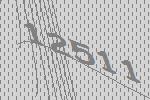
12511